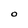
Character: O